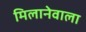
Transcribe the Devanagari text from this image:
मिलानेवाला